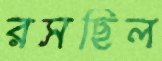
রসছিল